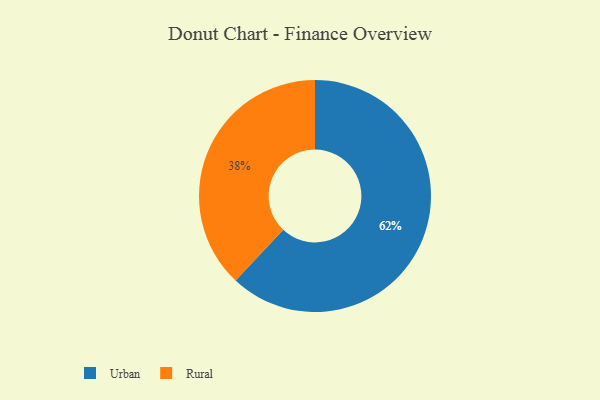
{"axis": {"x": "Category", "y": "Percentage"}, "legend": ["Rural", "Urban"], "data": [{"x": "Rural", "y": 38, "type": "Rural"}, {"x": "Urban", "y": 62, "type": "Urban"}]}